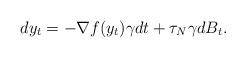
LaTeX: \begin{align*}dy_{t}=-\nabla f(y_t) \gamma dt+\tau_N\gamma dB_t. \end{align*}